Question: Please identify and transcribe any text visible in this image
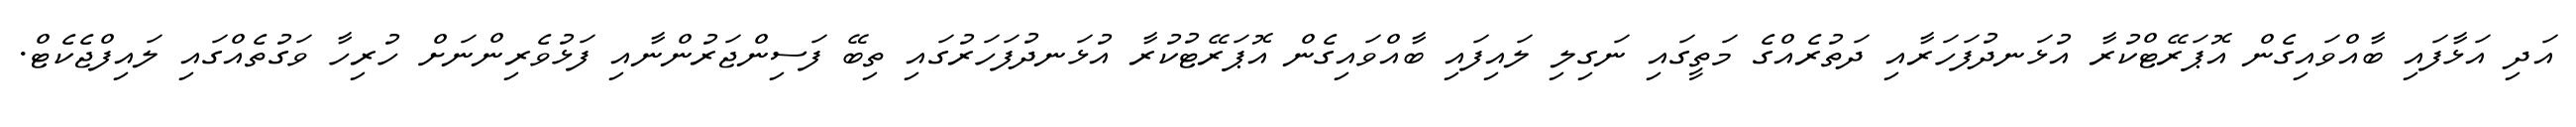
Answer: އަދި އަޅާފައި ބާއްވައިގެން އޮޕަރޭޓްކުރާ އުޅަނދުފަހަރާއި ދަތުރެއްގެ މަތީގައި ނަގިލި ލައިފައި ބާއްވައިގެން އޮޕަރޭޓުކުރާ އުޅަނދުފަހަރުގައި ތިބޭ ފަސިންޖަރުންނާއި ފަޅުވެރިންނަށް ހުރިހާ ވަގުތެއްގައި ލައިފްޖެކެޓް.